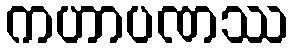
ကဟာပဏဿ